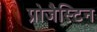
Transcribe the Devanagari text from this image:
प्रोजैस्टिन